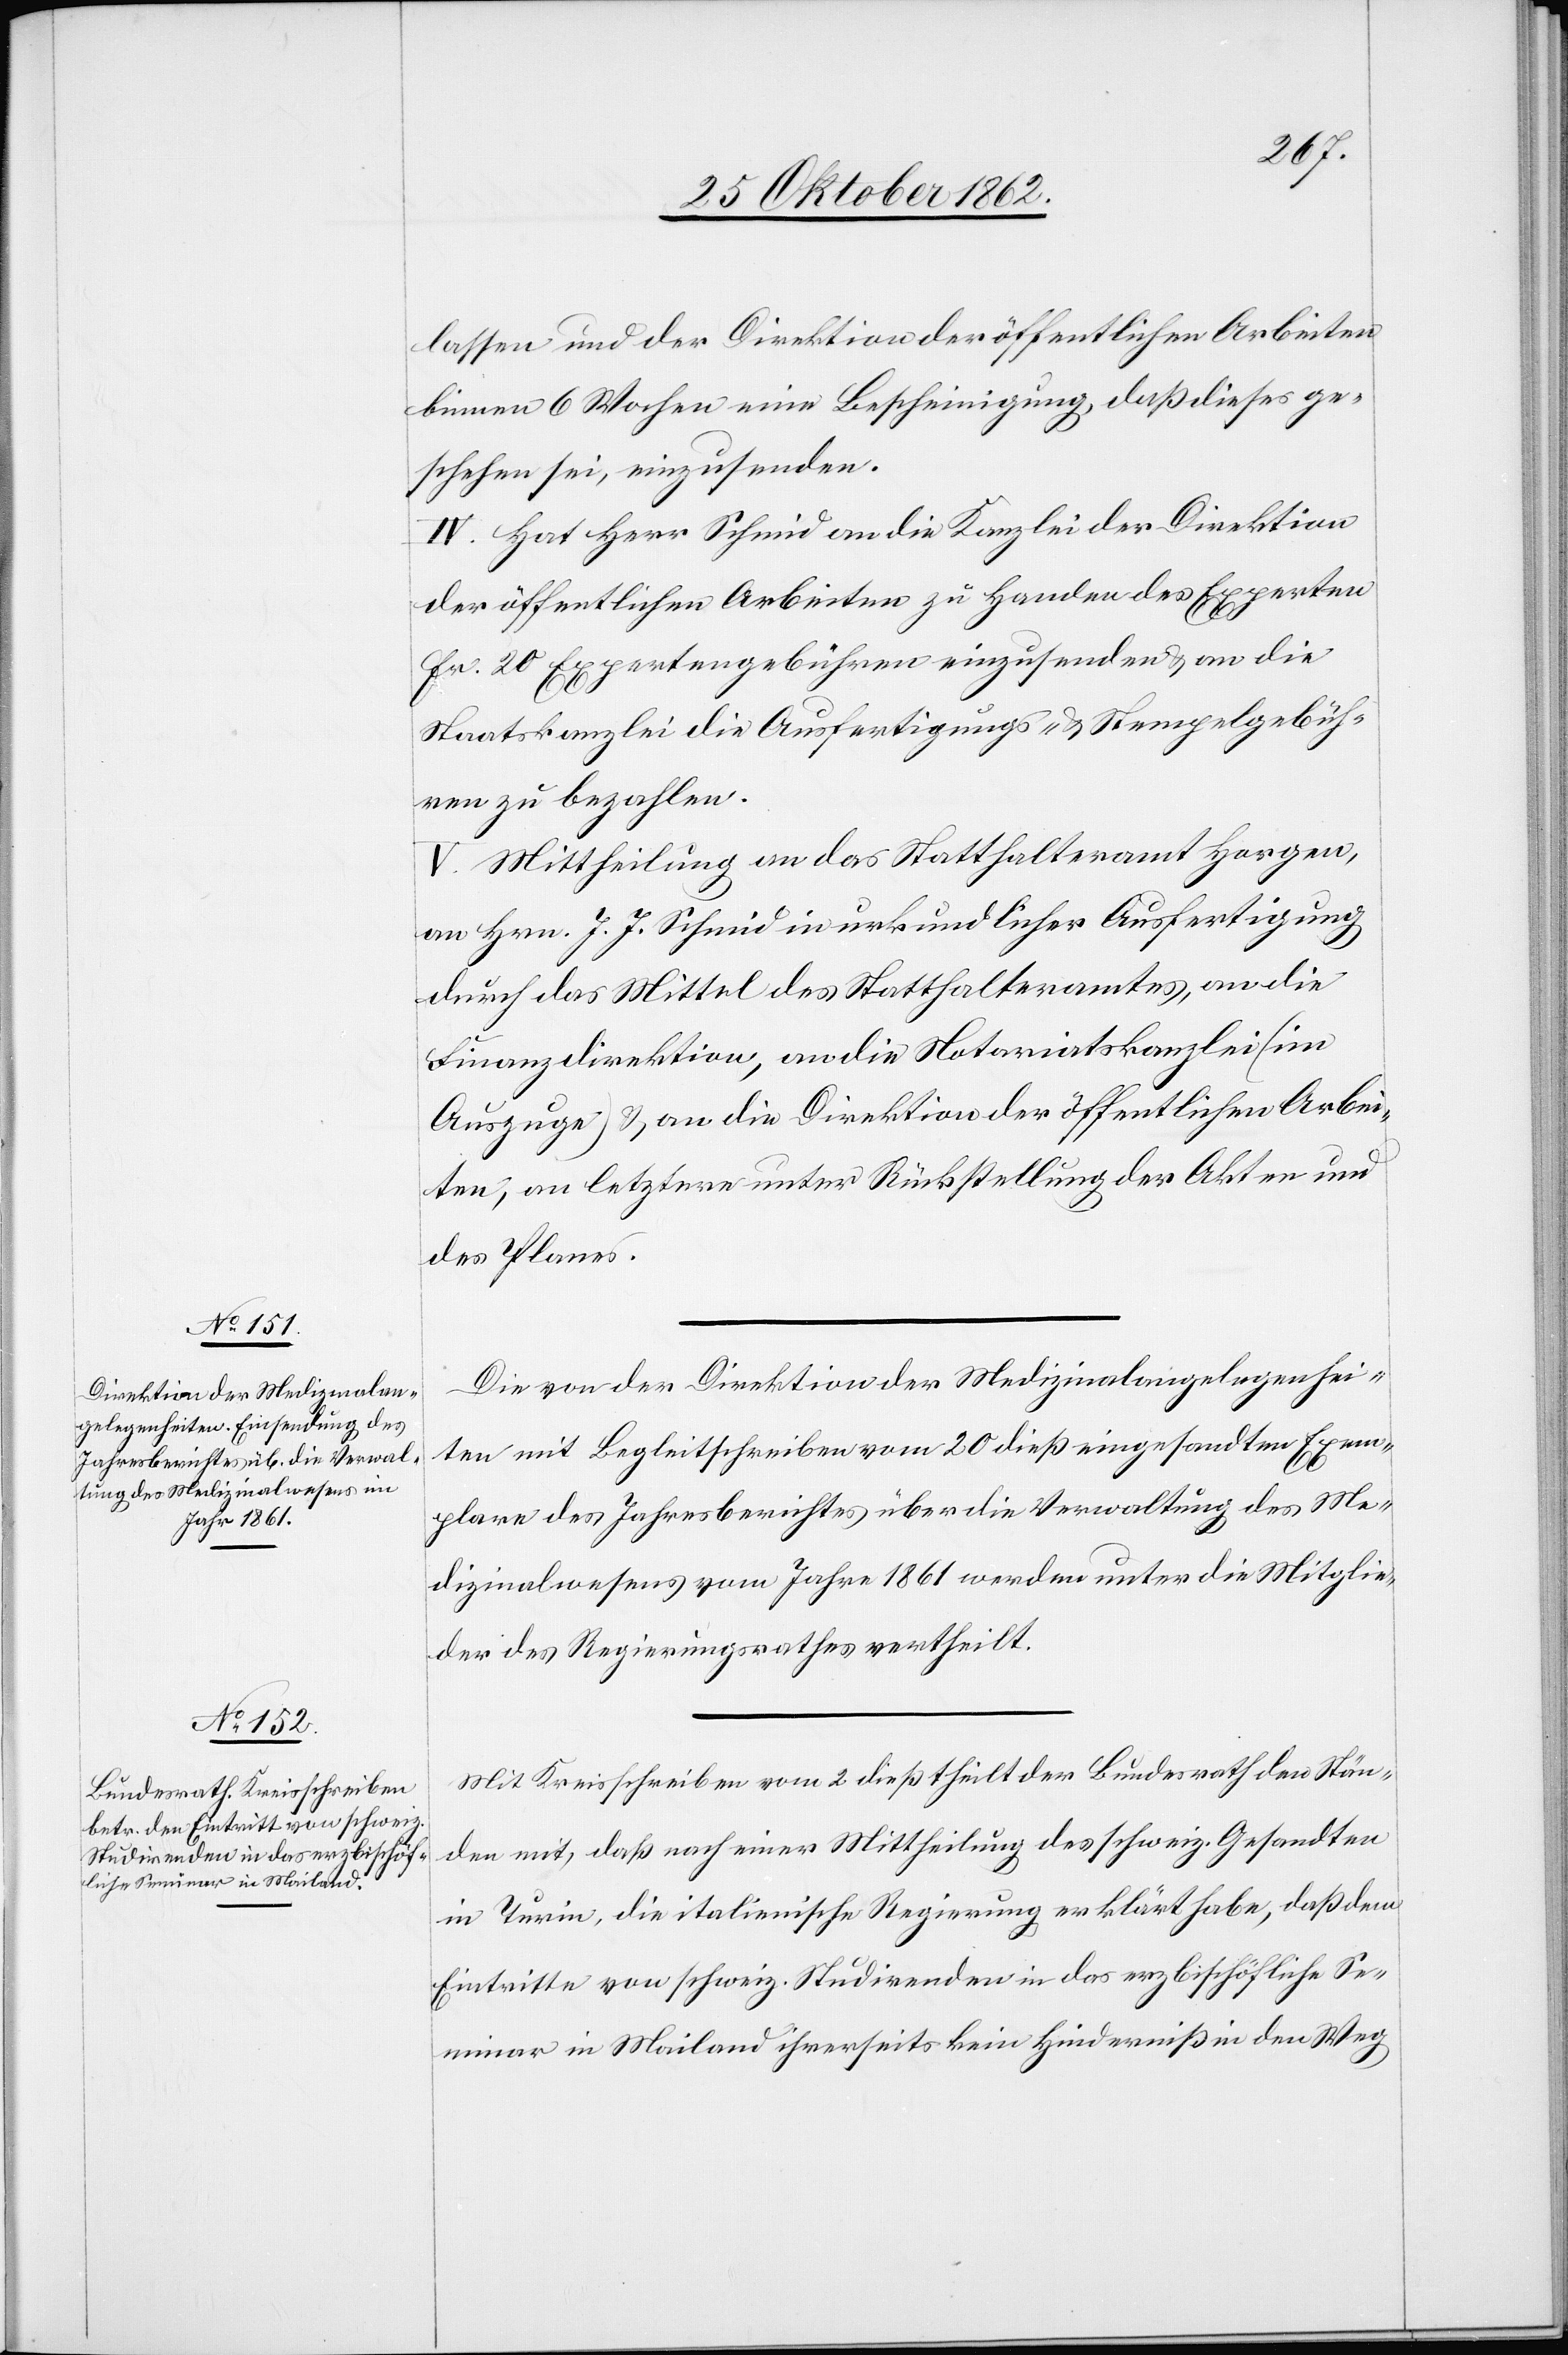
lassen und der Direktion der öffentlichen Arbeiten
binnen 6 Wochen eine Bescheinigung, daß dieses ge¬
schehen sei, einzusenden.
IV. Hat Herr Schmid an die Kanzlei der Direktion
der öffentlichen Arbeiten zur Handen des Experten
Fr. 20 Expertengebühren einzusenden u. an die
Staatskanzlei die Ausfertigungs- u. Stempelgebüh¬
ren zu bezahlen.
V. Mittheilung an das Statthalteramt Horgen,
an Hrn. J. J. Schmid in urkundlicher Ausfertigung
durch das Mittel des Statthalteramtes, an die
Finanzdirektion, an die Notariatskanzlei
Auszuge) u. an die Direktion der öffentlichen Arbei¬
ten, an letztere unter Rückstellung der Akten und
des Planes.
Die von der Direktion der Medizinalangelegenhei¬
ten mit Begleitschreiben vom 20. dieß eingesandten Exem¬
plare des Jahresberichtes über die Verwaltung des Me¬
dizinalwesens vom Jahre 1861 werden unter die Mitglie¬
der des Regierungsrathes vertheilt.
Mit Kreisschreiben vom 2. dieß theilt der Bundesrath den Stän¬
den mit, daß nach einer Mittheilung des schweiz. Gesandten
in Turin, die italienische Regierung erklärt habe, daß dem
Eintritte von schweiz. Studirenden in das erzbischöfliche Se¬
minar in Mailand ihrerseits kein Hinderniß in den Weg